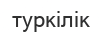
туркілік